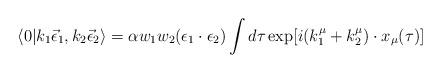
LaTeX: \begin{align*}\langle 0|k_1\vec\epsilon_1,k_2\vec\epsilon_2\rangle =\alpha w_1w_2(\epsilon_1\cdot\epsilon_2)\int d\tau \exp[i(k_1^\mu+k_2^\mu)\cdot x_\mu(\tau)]\end{align*}